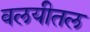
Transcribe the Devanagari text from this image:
वलयीतल